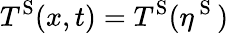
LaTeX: T^{\mathrm{S}}(x,t)=T^{\mathrm{S}}(\eta^{\mathrm{~S~}})